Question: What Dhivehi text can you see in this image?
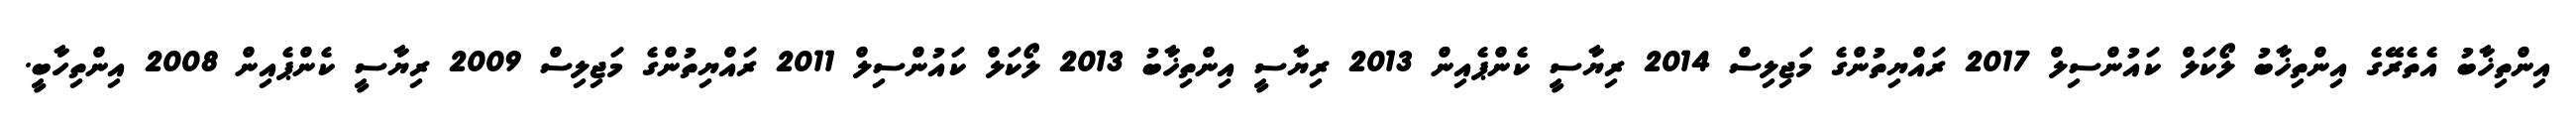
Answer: އިންތިޚާބު އެތެރޭގެ އިންތިޚާބު ލޯކަލް ކައުންސިލް 2017 ރައްޔިތުންގެ މަޖިލިސް 2014 ރިޔާސީ ކެންޕެއިން 2013 ރިޔާސީ އިންތިޚާބު 2013 ލޯކަލް ކައުންސިލް 2011 ރައްޔިތުންގެ މަޖިލިސް 2009 ރިޔާސީ ކެންޕެއިން 2008 އިންތިހާބީ.